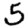
Digit: 5